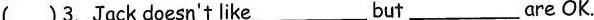
( )3.Jack doesn't like ___but___are OK.